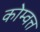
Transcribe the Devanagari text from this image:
कोम्वत्त